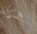
ماذا